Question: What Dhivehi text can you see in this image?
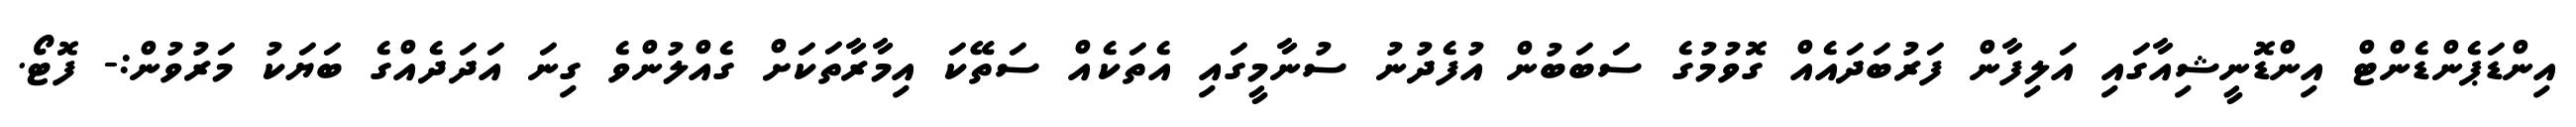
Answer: އިންޑަޕެންޑެންޓް އިންޑޮނީޝިއާގައި އަލިފާން ފަރުބަދައެއް ގޮވުމުގެ ސަބަބުން އުފެދުނު ސުނާމީގައި އެތަކެއް ސަތޭކަ އިމާރާތަކަށް ގެއްލުންވެ ގިނަ އަދަދެއްގެ ބަޔަކު މަރުވުން:- ފޮޓޯ.